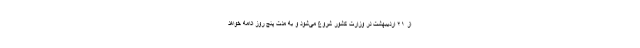
از ۲۱ اردیبهشت در وزارت کشور شروع می‌شود و به مدت پنج روز ادامه خواهد